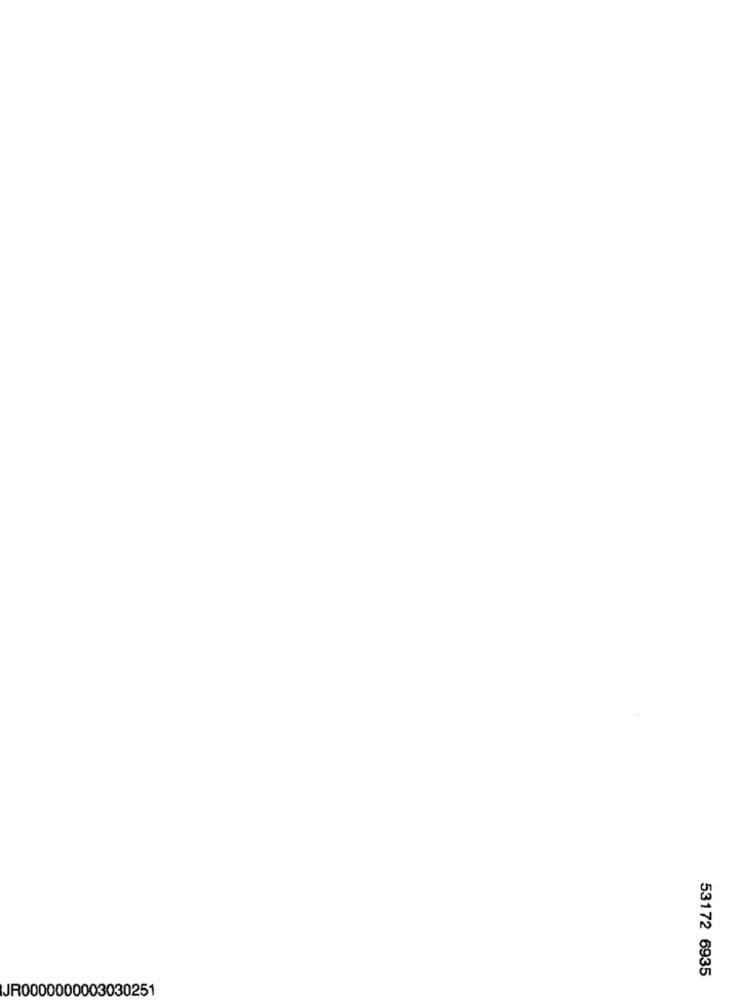
53172 6935
JR0000000003030251